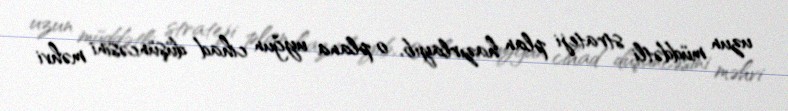
uzun müddətli strateji plan hazırlayıb, o plana uyğun cihad düşüncəsini məhvi